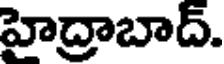
హైద్రాబాద్.